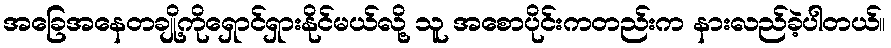
အခြေအနေတချို့ကိုရှောင်ရှားနိုင်မယ်လို့ သူ အစောပိုင်းကတည်းက နားလည်ခဲ့ပါတယ်။